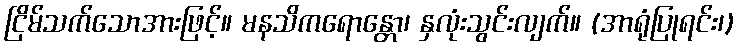
ငြိမ်သက်သောအားဖြင့်။ မနသိကရောန္တော၊ နှလုံးသွင်းလျက်။ (အာရုံပြုရင်း၊)